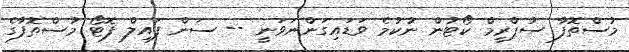
މުސްތޮފާ ސުޕްރީމް ކޯޓުން ނުކުމެ ވަޑައިގަންނަވަނީ -- ސަން ފައިލް ފޮޓޯ މުސްތޮފާގެ